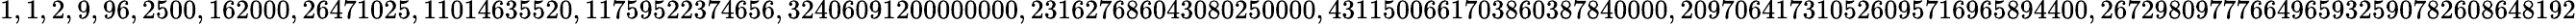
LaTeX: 1,1,2,9,96,2500,162000,26471025,11014635520,11759522374656,32406091200000000,231627686043080250000,4311500661703860387840000,209706417310526095716965894400,26729809777664965932590782608648192